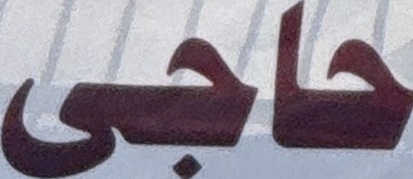
حاجی